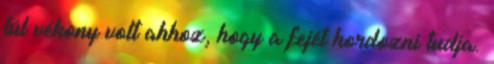
túl vékony volt ahhoz, hogy a fejét hordozni tudja.